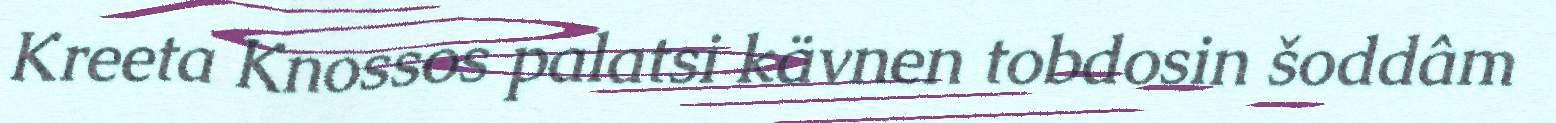
Kreeta Knossos palatsi kävnen tobdosin šoddâm